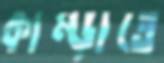
কাম্‌ড়াতে